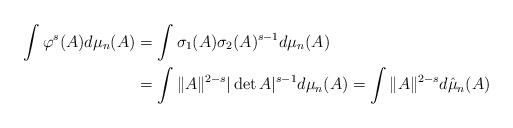
LaTeX: \begin{align*}\int \varphi^s(A)d\mu_n(A)&=\int \sigma_1(A)\sigma_2(A)^{s-1}d\mu_n(A) \\&= \int \|A\|^{2-s}|\det A|^{s-1}d\mu_n(A) = \int \|A\|^{2-s}d\hat\mu_n(A)\end{align*}